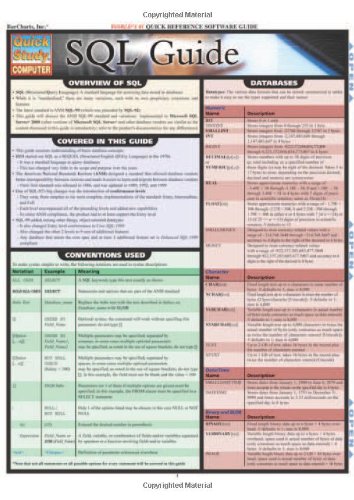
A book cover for Sql Guide (Quickstudy: Computer); Inc. BarCharts; Computers & Technology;